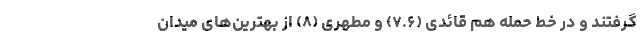
گرفتند و در خط حمله هم قائدی (۷.۶) و مطهری (۸) از بهترین‌های میدان